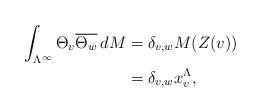
LaTeX: \begin{align*}\int_{\Lambda^\infty} \Theta_v \overline{\Theta_w} \, dM &= \delta_{v,w} M(Z(v)) \\&= \delta_{v,w} x^\Lambda_{v},\end{align*}